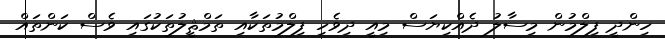
ހިންދީ ފިލްމުން މިސާލު ދެއްކިޔަސް މިއީ ދިވެހި ފިލްމުތަކާއި ތަމްޘީލުތަކުގައި ވެސް ކަންތައް